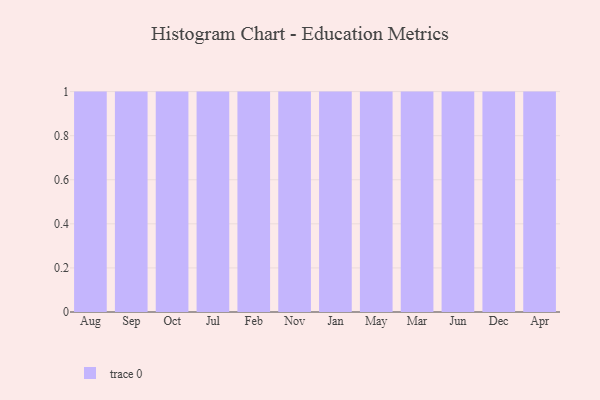
{"axis": {"x": "Month", "y": "Headcount"}, "legend": [""], "data": [{"x": "Aug", "y": 85, "type": ""}, {"x": "Sep", "y": 61, "type": ""}, {"x": "Oct", "y": 82, "type": ""}, {"x": "Jul", "y": 92, "type": ""}, {"x": "Feb", "y": 30, "type": ""}, {"x": "Nov", "y": 97, "type": ""}, {"x": "Jan", "y": 91, "type": ""}, {"x": "May", "y": 69, "type": ""}, {"x": "Mar", "y": 25, "type": ""}, {"x": "Jun", "y": 51, "type": ""}, {"x": "Dec", "y": 33, "type": ""}, {"x": "Apr", "y": 30, "type": ""}]}